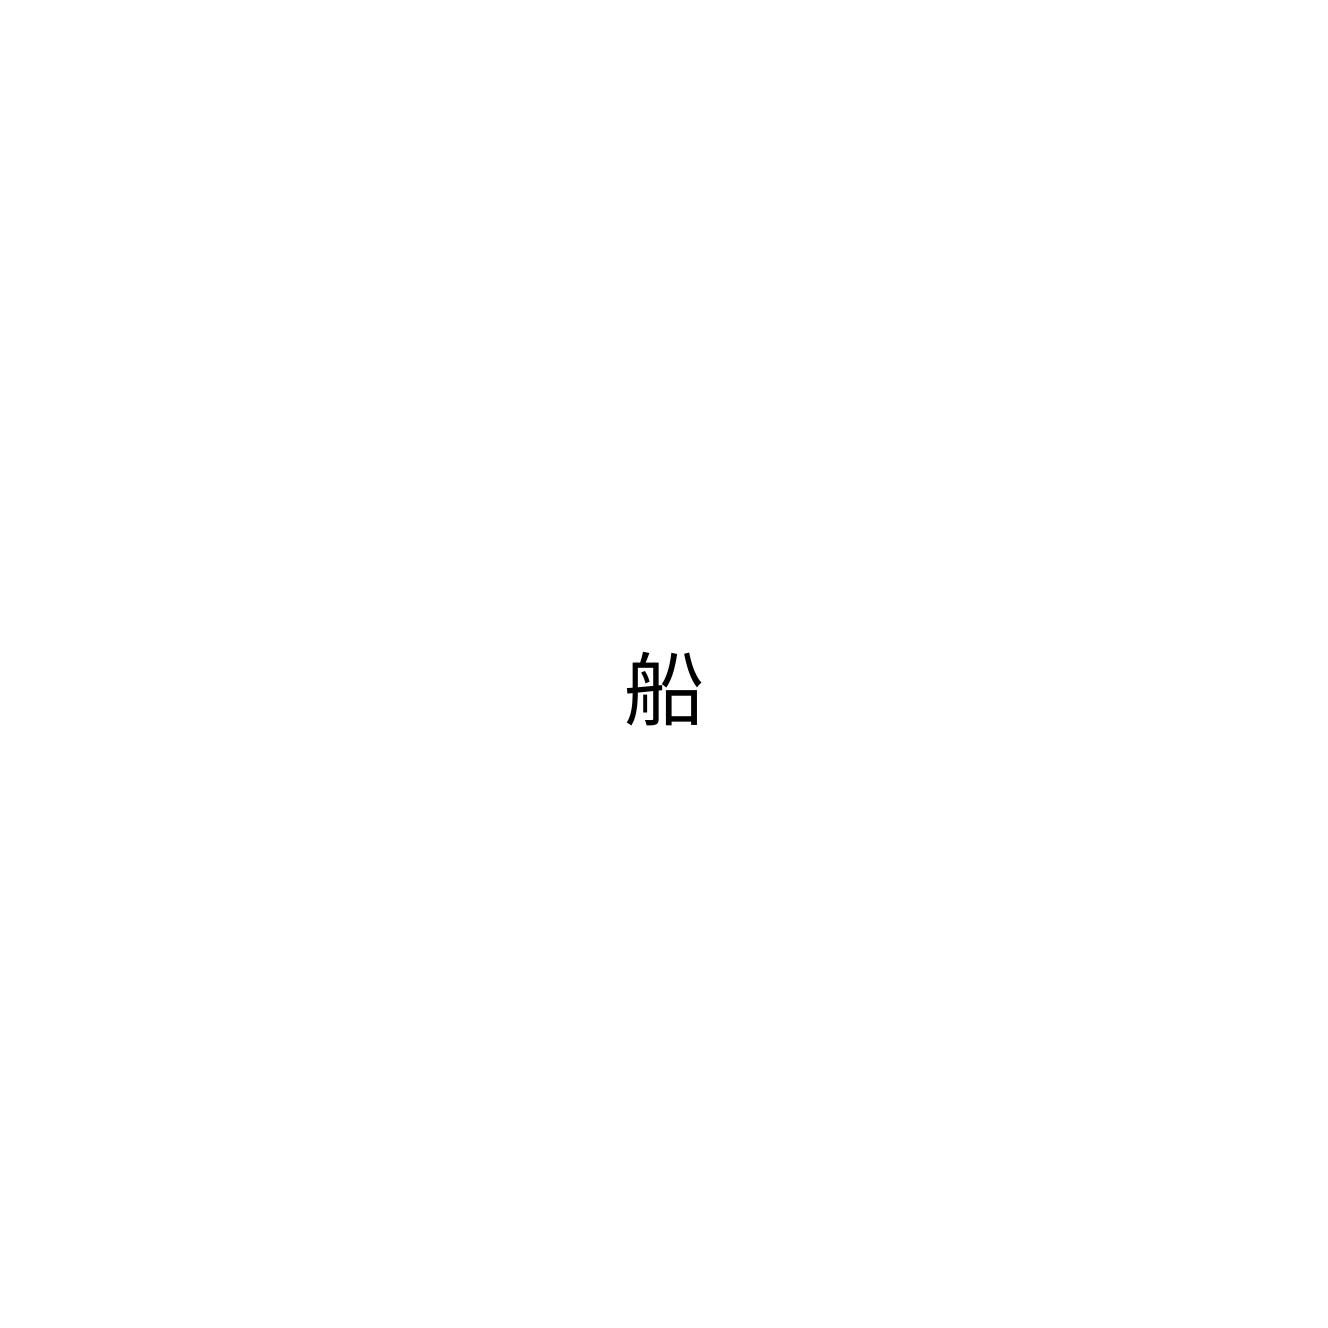
船